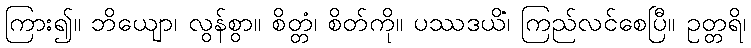
ကြား၍။ ဘိယျော၊ လွန်စွာ။ စိတ္တံ၊ စိတ်ကို။ ပဿဒယိံ၊ ကြည်လင်စေပြီ။ ဥတ္တရိ၊